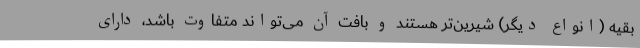
بقیه (انواع دیگر) شیرین‌تر هستند و بافت آن می‌تواند متفاوت باشد، دارای